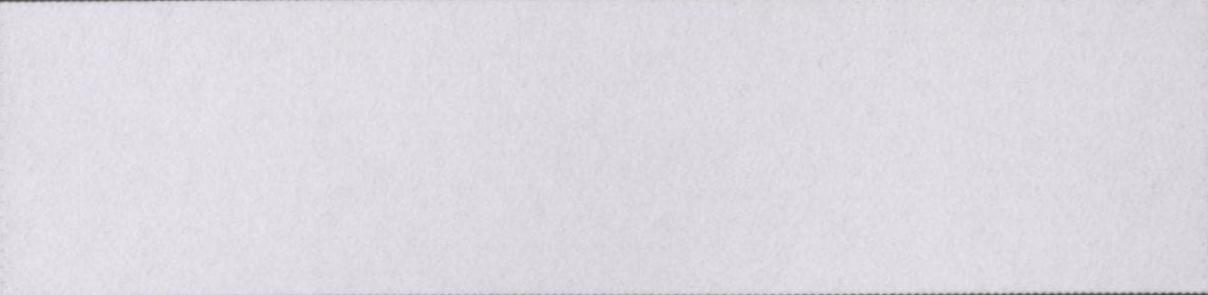
सुविधानुसार